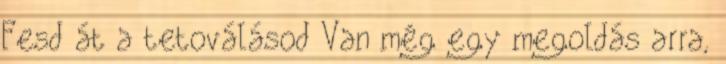
Fesd át a tetoválásod Van még egy megoldás arra,